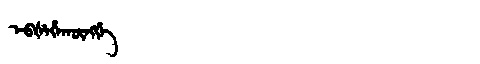
Manchu: ᡝᠪᡧᡝᡥᠠᡴᡡᠩᡤᡝ
Romanization: EBŠEHAKŪNGGE